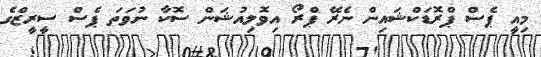
މިއީ ޕެސް ޕްރޮޑަކްޝައިން ނެރޭ ޕްރޯ އިވޮލިއުޝަން ސޮކާ ނުވަތަ ޕެސް ސީރީޒްގެ